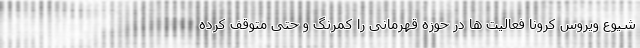
شیوع ویروس کرونا فعالیت ها در حوزه قهرمانی را کمرنگ و حتی متوقف کرده